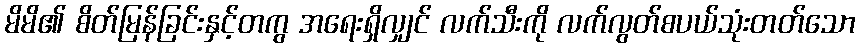
မိမိ၏ စိတ်မြန်ခြင်းနှင့်တကွ အရေးရှိလျှင် လက်သီးကို လက်လွတ်စပယ်သုံးတတ်သော